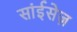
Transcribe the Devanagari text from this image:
सांईसेज़